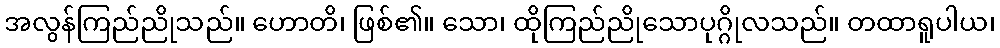
အလွန်ကြည်ညိုသည်။ ဟောတိ၊ ဖြစ်၏။ သော၊ ထိုကြည်ညိုသောပုဂ္ဂိုလသည်။ တထာရူပါယ၊